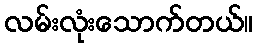
လမ်းလုံးသောက်တယ်။